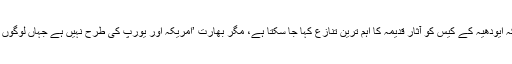
دہلی میں جواہر لال یونیورسٹی کی پروفیسر سپریہ ورما کا کہنا ہے کہ ایودھیہ کے کیس کو آثار قدیمہ کا اہم ترین تنازع کہا جا سکتا ہے، مگر بھارت ’امریکہ اور یورپ کی طرح نہیں ہے جہاں لوگوں کو بہتر معلومات ہیں کہ آثار قدیمہ ہمیں کیا بتا سکتا ہے اور کیا نہیں۔